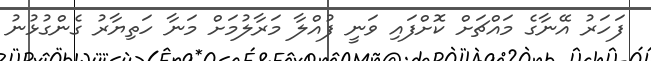
ފަހަރު އޭނާގެ މައްޗަށް ކޮށްފައި ވަނީ ފުއްލާ މަރާލުމަށް މަނާ ހަތިޔާރު ގެންގުޅުނު